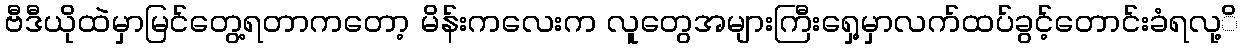
ဗီဒီယိုထဲမှာမြင်တွေ့ရတာကတော့ မိန်းကလေးက လူတွေအများကြီးရှေ့မှာလက်ထပ်ခွင့်တောင်းခံရလု့ိ